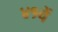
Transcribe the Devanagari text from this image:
४१वें